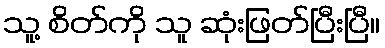
သူ့ စိတ်ကို သူ ဆုံးဖြတ်ပြီးပြီ။